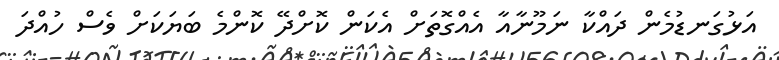
އަޅުގަނޑުމެން ދައްކާ ނަމޫނާއާ އެއްގޮތަށް އެކަން ކޮށްދޭ ކޮންމެ ބަޔަކަށް ވެސް ހުއްދަ